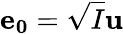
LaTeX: \mathbf{e_{0}}=\sqrt{I}\mathbf{u}